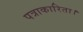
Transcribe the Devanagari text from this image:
पत्राकारिता।